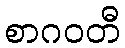
စာဂဝတီ